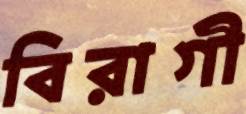
বিরাগী